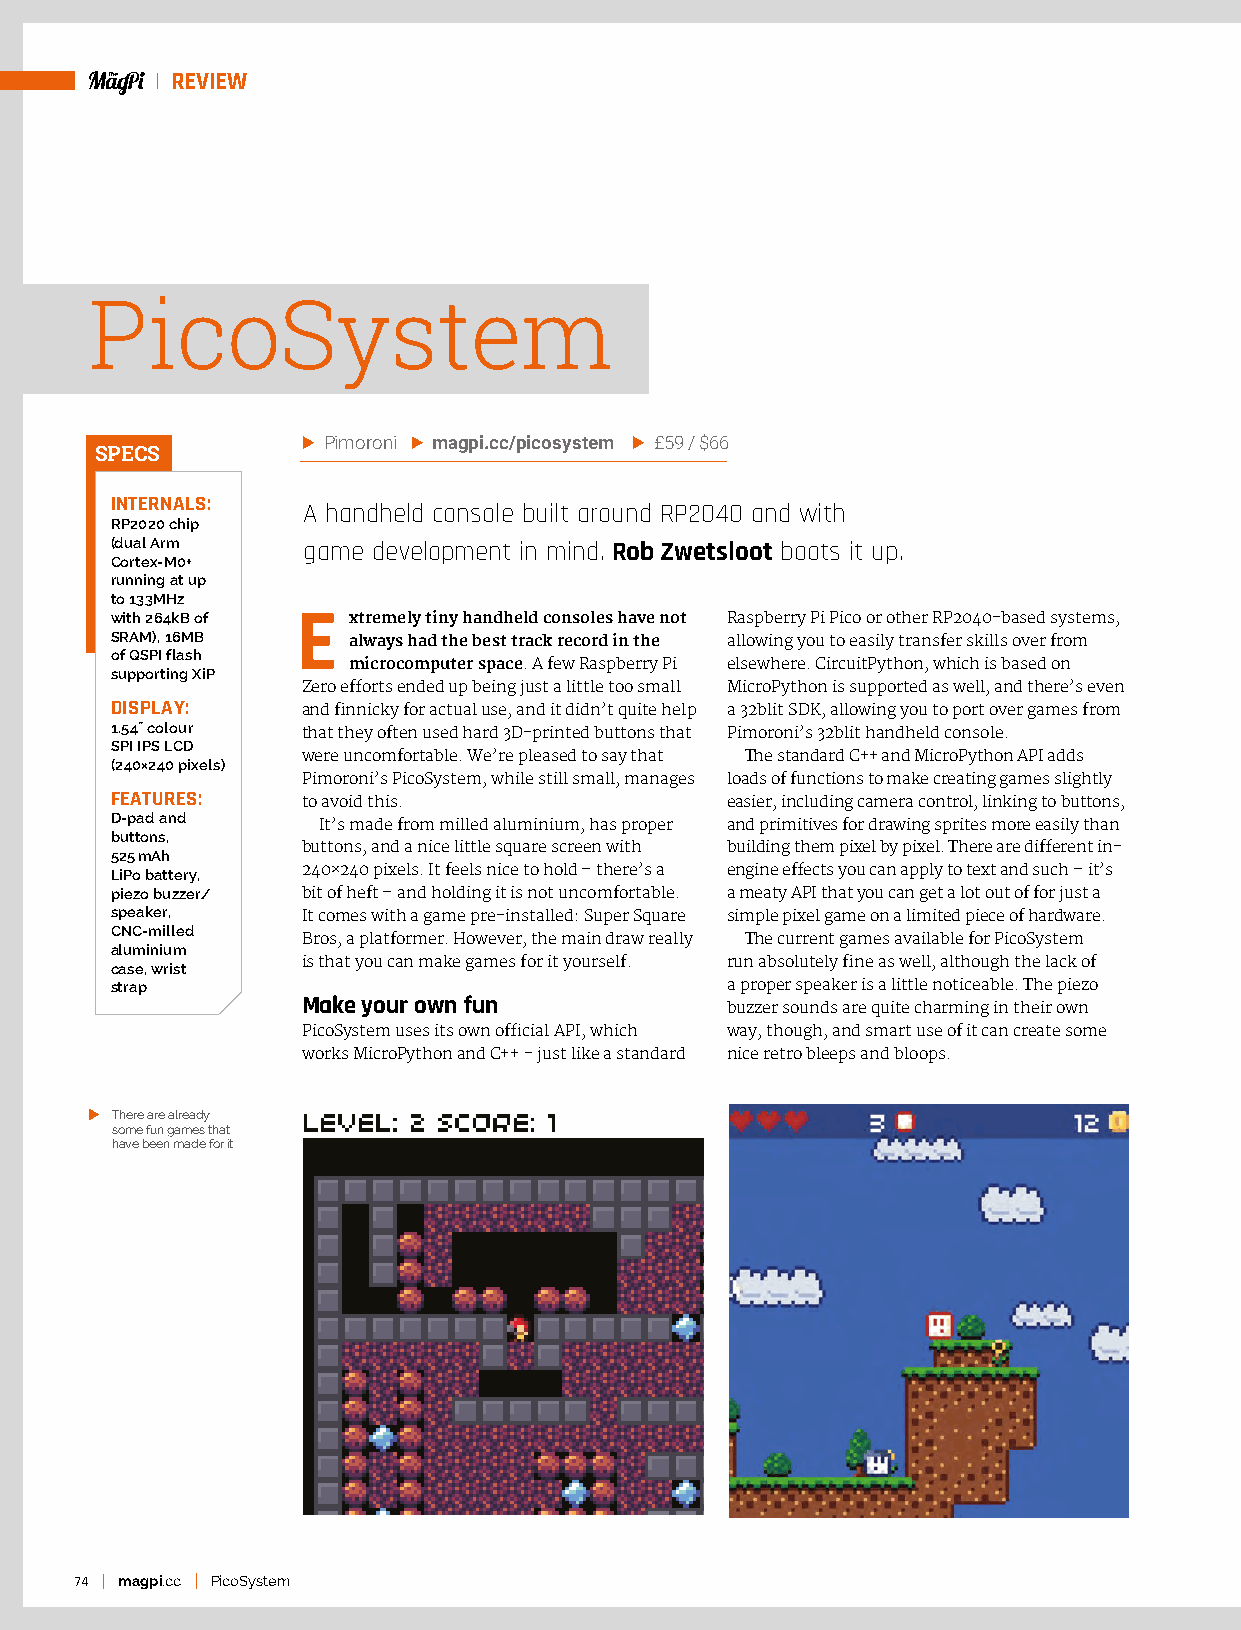
REVIEW
 PicoSystem
 Pimoroni magpi.cc/picosystem £59 / $66
 SPECS
 INTERNALS:
 A handheld console built around RP2040 and with
 RP2020 chip
 (dual Arm    game development in mind. Rob Zwetsloot boots it up.
 Cortex-M0+
 running at up
 to 133MHz
 with 264kB of E xtremely tiny handheld consoles have not Raspberry Pi Pico or other RP2040-based systems,
 SRAM), 16MB     always had the best track record in the allowing you to easily transfer skills over from
 of QSPI flash
 microcomputer space. A few Raspberry Pi elsewhere. CircuitPython, which is based on
 supporting XiP
 Zero efforts ended up being just a little too small MicroPython is supported as well, and there’s even
 DISPLAY:     and finnicky for actual use, and it didn’t quite help a 32blit SDK, allowing you to port over games from
 1.54˝ colour that they often used hard 3D-printed buttons that Pimoroni’s 32blit handheld console.
 SPI IPS LCD
 were uncomfortable. We’re pleased to say that The standard C++ and MicroPython API adds
 (240×240 pixels)
 Pimoroni’s PicoSystem, while still small, manages loads of functions to make creating games slightly
 FEATURES:    to avoid this.              easier, including camera control, linking to buttons,
 D-pad and
 It’s made from milled aluminium, has proper and primitives for drawing sprites more easily than
 buttons,
 buttons, and a nice little square screen with building them pixel by pixel. There are different in-
 525 mAh
 LiPo battery, 240×240 pixels. It feels nice to hold – there’s a engine effects you can apply to text and such – it’s
 piezo buzzer/ bit of heft – and holding it is not uncomfortable. a meaty API that you can get a lot out of for just a
 speaker,     It comes with a game pre-installed: Super Square simple pixel game on a limited piece of hardware.
 CNC-milled
 Bros, a platformer. However, the main draw really The current games available for PicoSystem
 aluminium
 case, wrist  is that you can make games for it yourself. run absolutely fine as well, although the lack of
 strap                                    a proper speaker is a little noticeable. The piezo
 Make your own fun           buzzer sounds are quite charming in their own
 PicoSystem uses its own official API, which way, though, and smart use of it can create some
 works MicroPython and C++ - just like a standard nice retro bleeps and bloops.
 T here are already
 some fun games that
 have been made for it
 74 magpi.cc PicoSystem